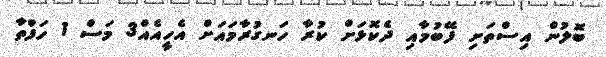
ބޮލުން އިސްތަށި ފޭބުމާއި ދެކޮޅަށް ކުރާ ހަނގުރާމައަށް އެހީއެއް3 މަސް 1 ހަފްތާ